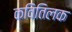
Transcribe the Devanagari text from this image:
कवितिलक